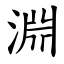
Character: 淵